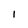
Character: 1